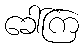
ခေါ်ကြ